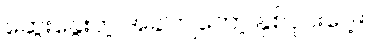
ဆွေးနွေးတဲ့ အခါကျတော့ နှစ်ပိုင်းပေါ့။